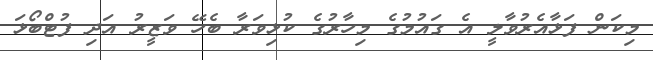
މިކަން ފަޅާއެރުވާލީ އެ ގައުމުގެ މިހާރުގެ ކުޅިވަރާ ބެހޭ ވަޒީރު އަދި ފުޓްބޯޅަ